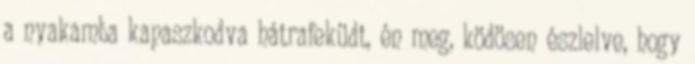
a nyakamba kapaszkodva hátrafeküdt, én meg, ködösen észlelve, hogy